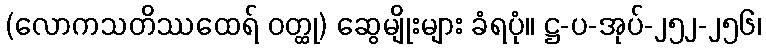
(လောကသတိဿထေရ် ဝတ္ထု) ဆွေမျိုးများ ခံရပုံ။ ဋ္ဌ-ပ-အုပ်-၂၅၂-၂၅၆၊